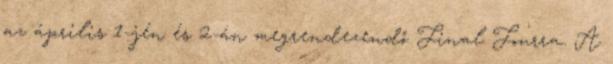
az április 1-jén és 2-án megrendezendő Final Fourra. A